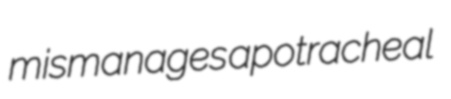
mismanages apotracheal